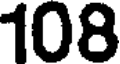
108